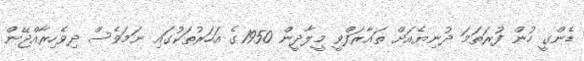
ޑެންގީ ހުން ފުރަތަމަ ދުނިޔެއަށް ތައާރަފްވީ މީލާދީން 1950ގެ އަހަރުތަކުގައި ނަމަވެސް ދިވެހިރާއްޖޭން